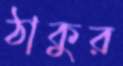
ঠাকুর